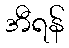
အီရန်